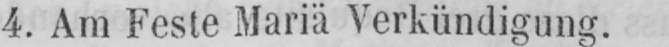
4. Am Feste Mariä Verkündigung.